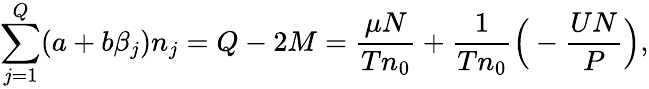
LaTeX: \sum_{j=1}^{Q}(a+b\beta_{j})n_{j}=Q-2M=\frac{\mu N}{Tn_{0}}+\frac{1}{Tn_{0}}\Big(-\frac{UN}{P}\Big),